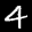
Label: 4